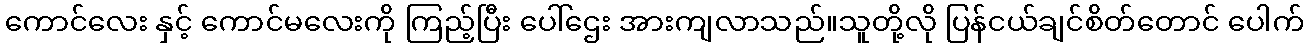
ကောင်လေး နှင့် ကောင်မလေးကို ကြည့်ပြီး ပေါ်ဌေး အားကျလာသည်။သူတို့လို ပြန်ငယ်ချင်စိတ်တောင် ပေါက်